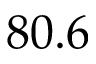
8 0 . 6